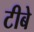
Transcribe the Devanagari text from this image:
टीबे